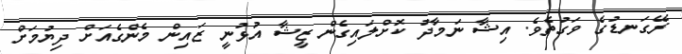
ރޭގަނޑުގެ ވަގުތެވެ. އިޝާ ނަމާދު ކޮށްލައިގެން ޒީޝާ އުޅުނީ ޒައިން މެންގެއަށް ދިޔުމަށް